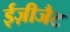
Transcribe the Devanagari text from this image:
ईज़ीजैट